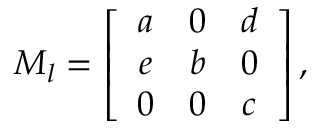
{ \cal M } _ { l } = \left[ \begin{array} { c c c } { { a } } & { { 0 } } & { { d } } \\ { { e } } & { { b } } & { { 0 } } \\ { { 0 } } & { { 0 } } & { { c } } \end{array} \right] ,